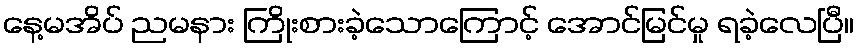
နေ့မအိပ် ညမနား ကြိုးစားခဲ့သောကြောင့် အောင်မြင်မှု ရခဲ့လေပြီ။